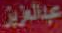
عبدالعزیز